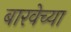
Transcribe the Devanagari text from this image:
बारवेच्या